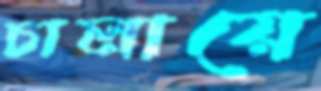
চালায়ে